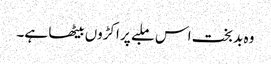
وہ بد بخت اس ملبے پر اکڑوں بیٹھا ہے۔